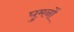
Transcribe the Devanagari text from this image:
घुमनों